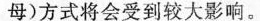
母)方式将会受到较大影响。